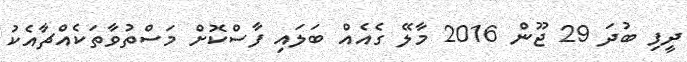
ދީފި ބުދަ 29 ޖޫން 2016 މާލޭ ގެއެއް ބަލައި ފާސްކޮށް މަސްތުވާތަކެއްޗާއެކު